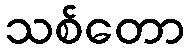
သစ်တော